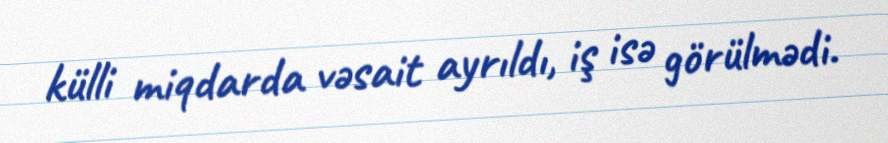
külli miqdarda vəsait ayrıldı, iş isə görülmədi.